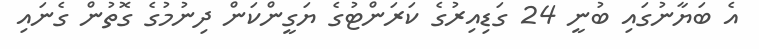
އެ ބަޔާނުގައި ބުނީ 24 ގަޑިއިރުގެ ކަރަންޓުގެ ޔަގީންކަން ދިނުމުގެ ގޮތުން ގެނައި